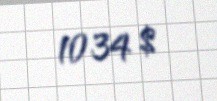
1034 $